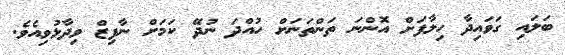
ބަލައި ގަވައިދާ ހިލާފަށް އޮންނަ ތަންތަނަށް ހުއްދަ ނުދޭ ކަމަށް ނާފިޒް ވިދާޅުވިއެވެ.